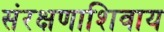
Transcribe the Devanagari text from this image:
संरक्षणाशिवाय